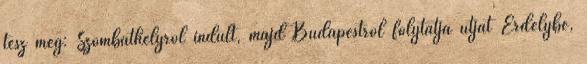
tesz meg: Szombathelyről indult, majd Budapestről folytatja útját Erdélybe,